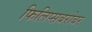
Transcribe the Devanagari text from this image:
फिलिप्सबरोबर